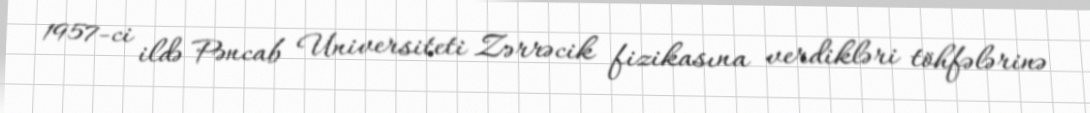
1957-ci ildə Pəncab Universiteti Zərrəcik fizikasına verdikləri töhfələrinə